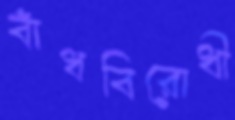
বাঁধবিরোধী